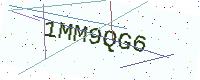
Text: 1MM9QG6